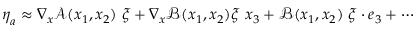
\boldsymbol { \eta } _ { a } \approx \nabla _ { \boldsymbol { x } } \boldsymbol { \mathcal { A } } ( x _ { 1 } , x _ { 2 } ) \ \boldsymbol { \xi } + \nabla _ { \boldsymbol { x } } \boldsymbol { \mathcal { B } } ( x _ { 1 } , x _ { 2 } ) \boldsymbol { \xi } \ x _ { 3 } + \boldsymbol { \mathcal { B } } ( x _ { 1 } , x _ { 2 } ) \ \boldsymbol { \xi } \cdot \boldsymbol { e } _ { 3 } + \cdots